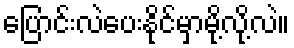
ပြောင်းလဲပေးနိုင်မှာမို့လို့လဲ။